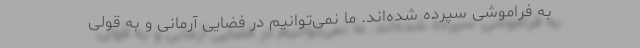
به فراموشی سپرده شده‌اند. ما نمی‌توانیم در فضایی آرمانی و به قولی